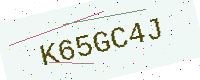
Text: K65GC4J